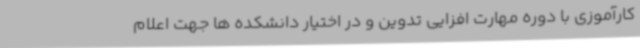
کارآموزی با دوره مهارت افزایی تدوین و در اختیار دانشکده ها جهت اعلام